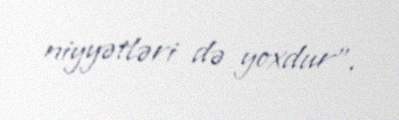
niyyətləri də yoxdur”.